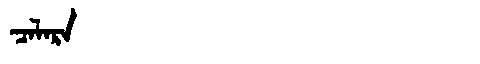
Manchu: ᠴᠠᠯᠠᡵᠠ
Romanization: CALARA